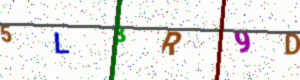
Text: 5L3R9D